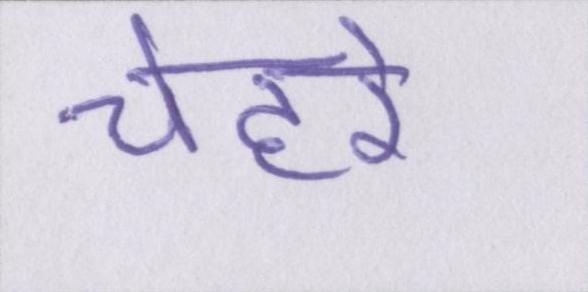
चेहरे